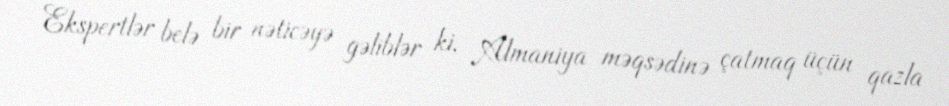
Ekspertlər belə bir nəticəyə gəliblər ki, Almaniya məqsədinə çatmaq üçün qazla